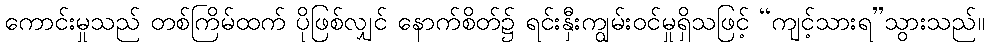
ကောင်းမှုသည် တစ်ကြိမ်ထက် ပိုဖြစ်လျှင် နောက်စိတ်၌ ရင်းနှီးကျွမ်းဝင်မှုရှိသဖြင့် “ကျင့်သားရ”သွားသည်။